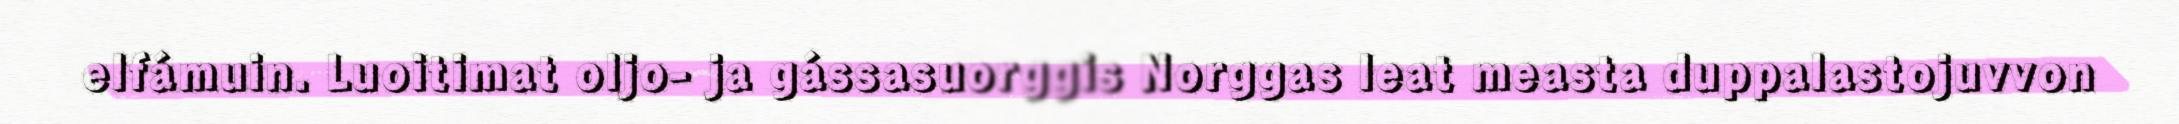
elfámuin. Luoitimat oljo- ja gássasuorggis Norggas leat measta duppalastojuvvon